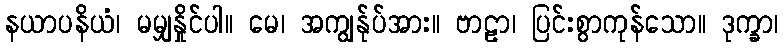
နယာပနိယံ၊ မမျှနှိုင်ပါ။ မေ၊ အကျွန်ုပ်အား။ ဗာဠာ၊ ပြင်းစွာကုန်သော။ ဒုက္ခာ၊